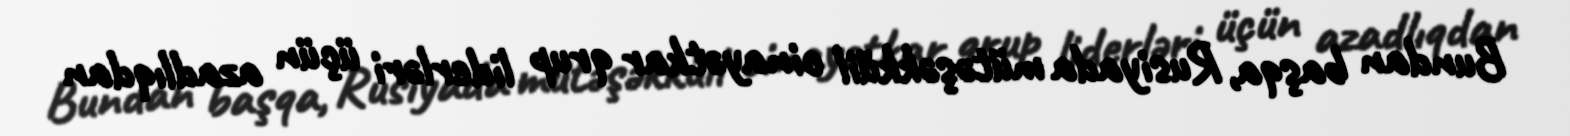
Bundan başqa, Rusiyada mütəşəkküil cinayətkar qrup liderləri üçün azadlıqdan